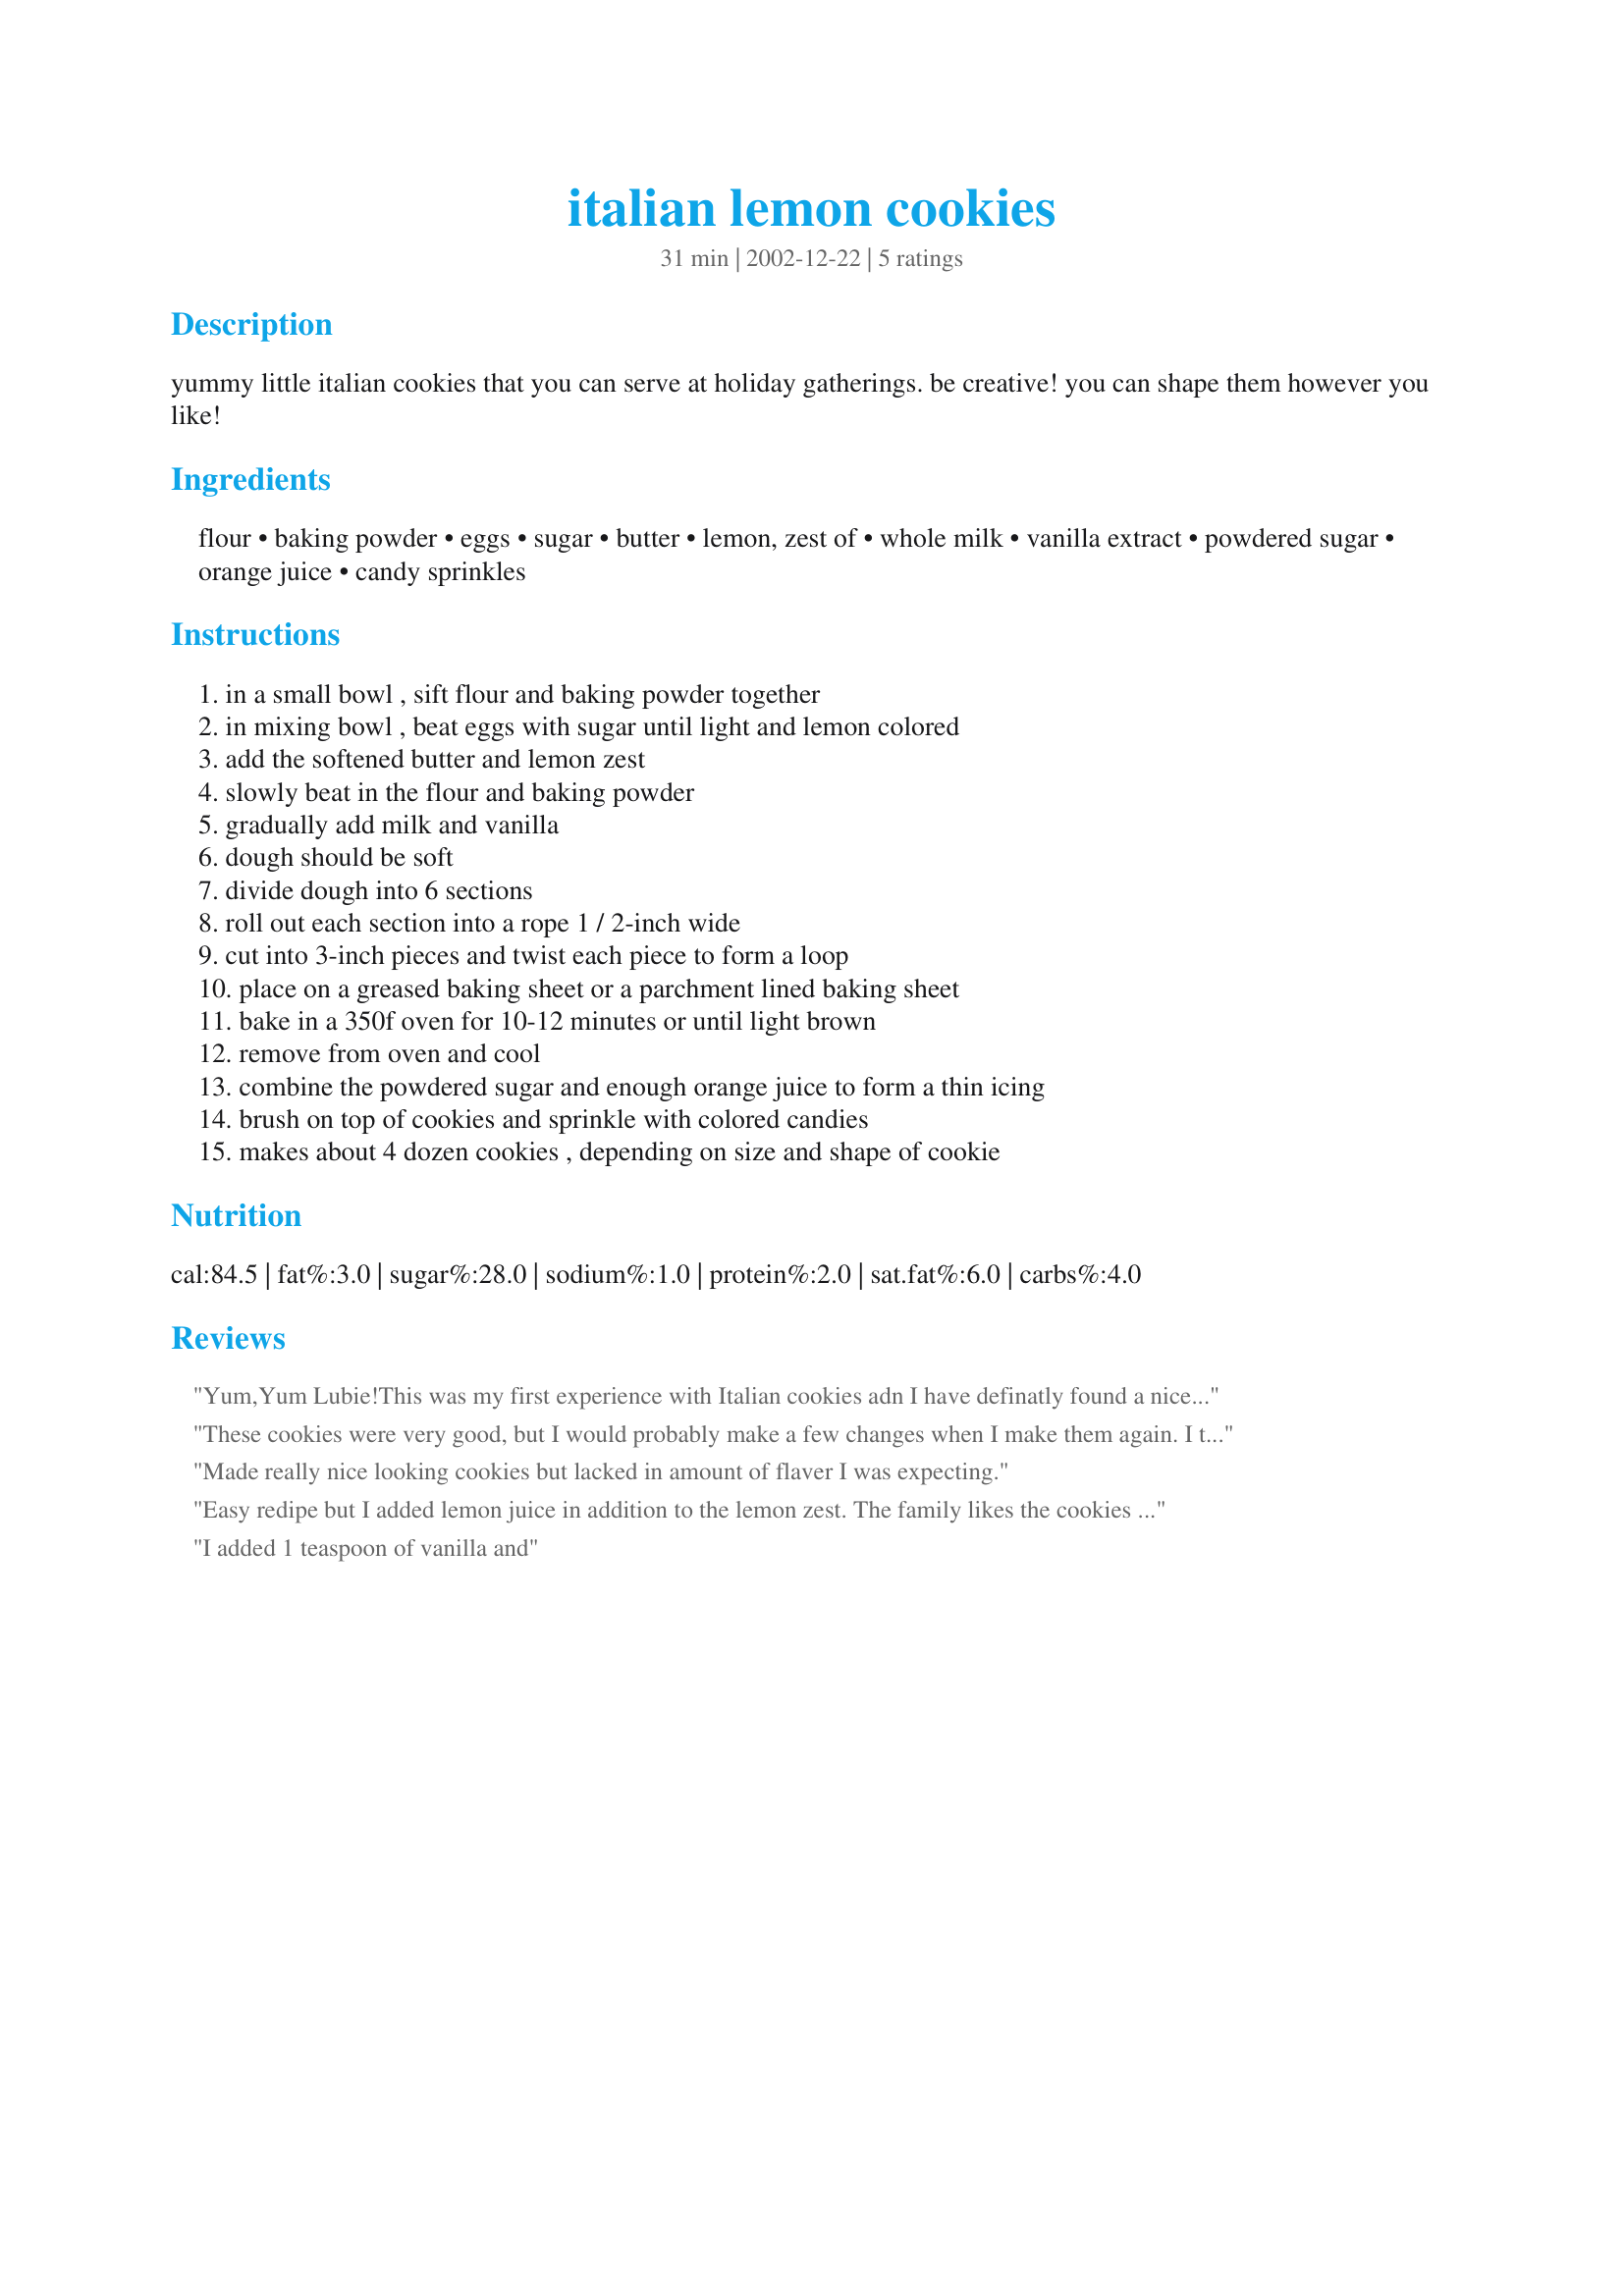
italian lemon cookies
Preparation time: 31 minutes

yummy little italian cookies that you can serve at holiday gatherings. be creative! you can shape them however you like!

Ingredients:
flour, baking powder, eggs, sugar, butter, lemon, zest of, whole milk, vanilla extract, powdered sugar, orange juice, candy sprinkles

Steps:
in a small bowl , sift flour and baking powder together, in mixing bowl , beat eggs with sugar until light and lemon colored, add the softened butter and lemon zest, slowly beat in the flour and baking powder, gradually add milk and vanilla, dough should be soft, divide dough into 6 sections, roll out each section into a rope 1 / 2-inch wide, cut into 3-inch pieces and twist each piece to form a loop, place on a greased baking sheet or a parchment lined baking sheet, bake in a 350f oven for 10-12 minutes or until light brown, remove from oven and cool, combine the powdered sugar and enough orange juice to form a thin icing, brush on top of cookies and sprinkle with colored candies, makes about 4 dozen cookies , depending on size and shape of cookie

Reviews:
Yum,Yum Lubie!This was my first experience with Italian cookies adn I have definatly found a nice alternative to my regular sugar cookies.My dough was very soft so when I rolled it out I added a modest amount of flour so I could handle it,I rolled out a long strips and cut small pieces from it.The icing adds the perfect touch.Thank you for adding variety to my holiday cookie assortment!
These cookies were very good, but I would probably make a few changes when I make them again. I think the flour and milk should be added alternately--I felt I was overbeating, as it took quite a bit of mixing to incorporate the milk into the stiff dough after all the flour was added. Although the butter will inhibit gluten development and help keep the cookies tender, I suppose it is just stuck in my head that cookie dough should not be beaten after the flour is mixed in to avoid developing the gluten. I found it difficult to roll the dough into 24-inch ropes and keep it an even thickness, so I divided the dough again so I only had to deal with 12 inches at a time. (You'll probably want to flour your board before trying to work with the dough.) I also had a problem twisting and making loops out of the 3-inch segments (at least the way I interpreted the directions), so I basically ended up with small circles. Unless I was making larger cookies, next time I would skip the labor-intensive roping and shaping and just shape them into slightly-flattened balls. With cookies of this size, the shape seems to get lost anyway by the time they are baked and decorated. I was trying to stay true to the recipe since I hoped to submit a representative photo, but in the future will take you up on your suggestion to shape them however I like (which for me will be the easy way). :) After tasting the baked cookies prior to icing them, even though I added extra lemon zest, the lemon flavor just didn't seem to come through so I used lemon juice rather than orange to thin the icing and just dipped the tops of the cookies in it instead of brushing it on. Next time, I think I would substitute a bit of lemon extract for some of the vanilla in the dough.I hope I don't sound negative, because we did enjoy these cookies--thanks for posting the recipe!
Made really nice looking cookies but lacked in amount of flaver I was expecting.
Easy redipe but I added lemon juice in addition to the lemon zest. The family likes the cookies with a lot of lemon flavor.
I added 1 teaspoon of vanilla and
